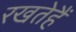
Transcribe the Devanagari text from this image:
रखतेहैं